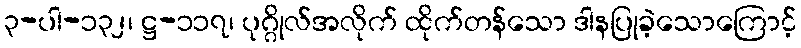
၃-ပါ-၁၃၂၊ ဋ္ဌ-၁၁၇၊ ပုဂ္ဂိုလ်အလိုက် ထိုက်တန်သော ဒါနပြုခဲ့သောကြောင့်